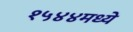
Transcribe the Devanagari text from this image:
१५४४मध्ये